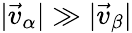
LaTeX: |\vec{v}_{\alpha}|\gg|\vec{v}_{\beta}|